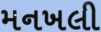
મનખલી